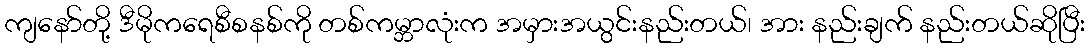
ကျနော်တို့ ဒီမိုကရေစီစနစ်ကို တစ်ကမ္ဘာလုံးက အမှားအယွင်းနည်းတယ်၊ အား နည်းချက် နည်းတယ်ဆိုပြီး